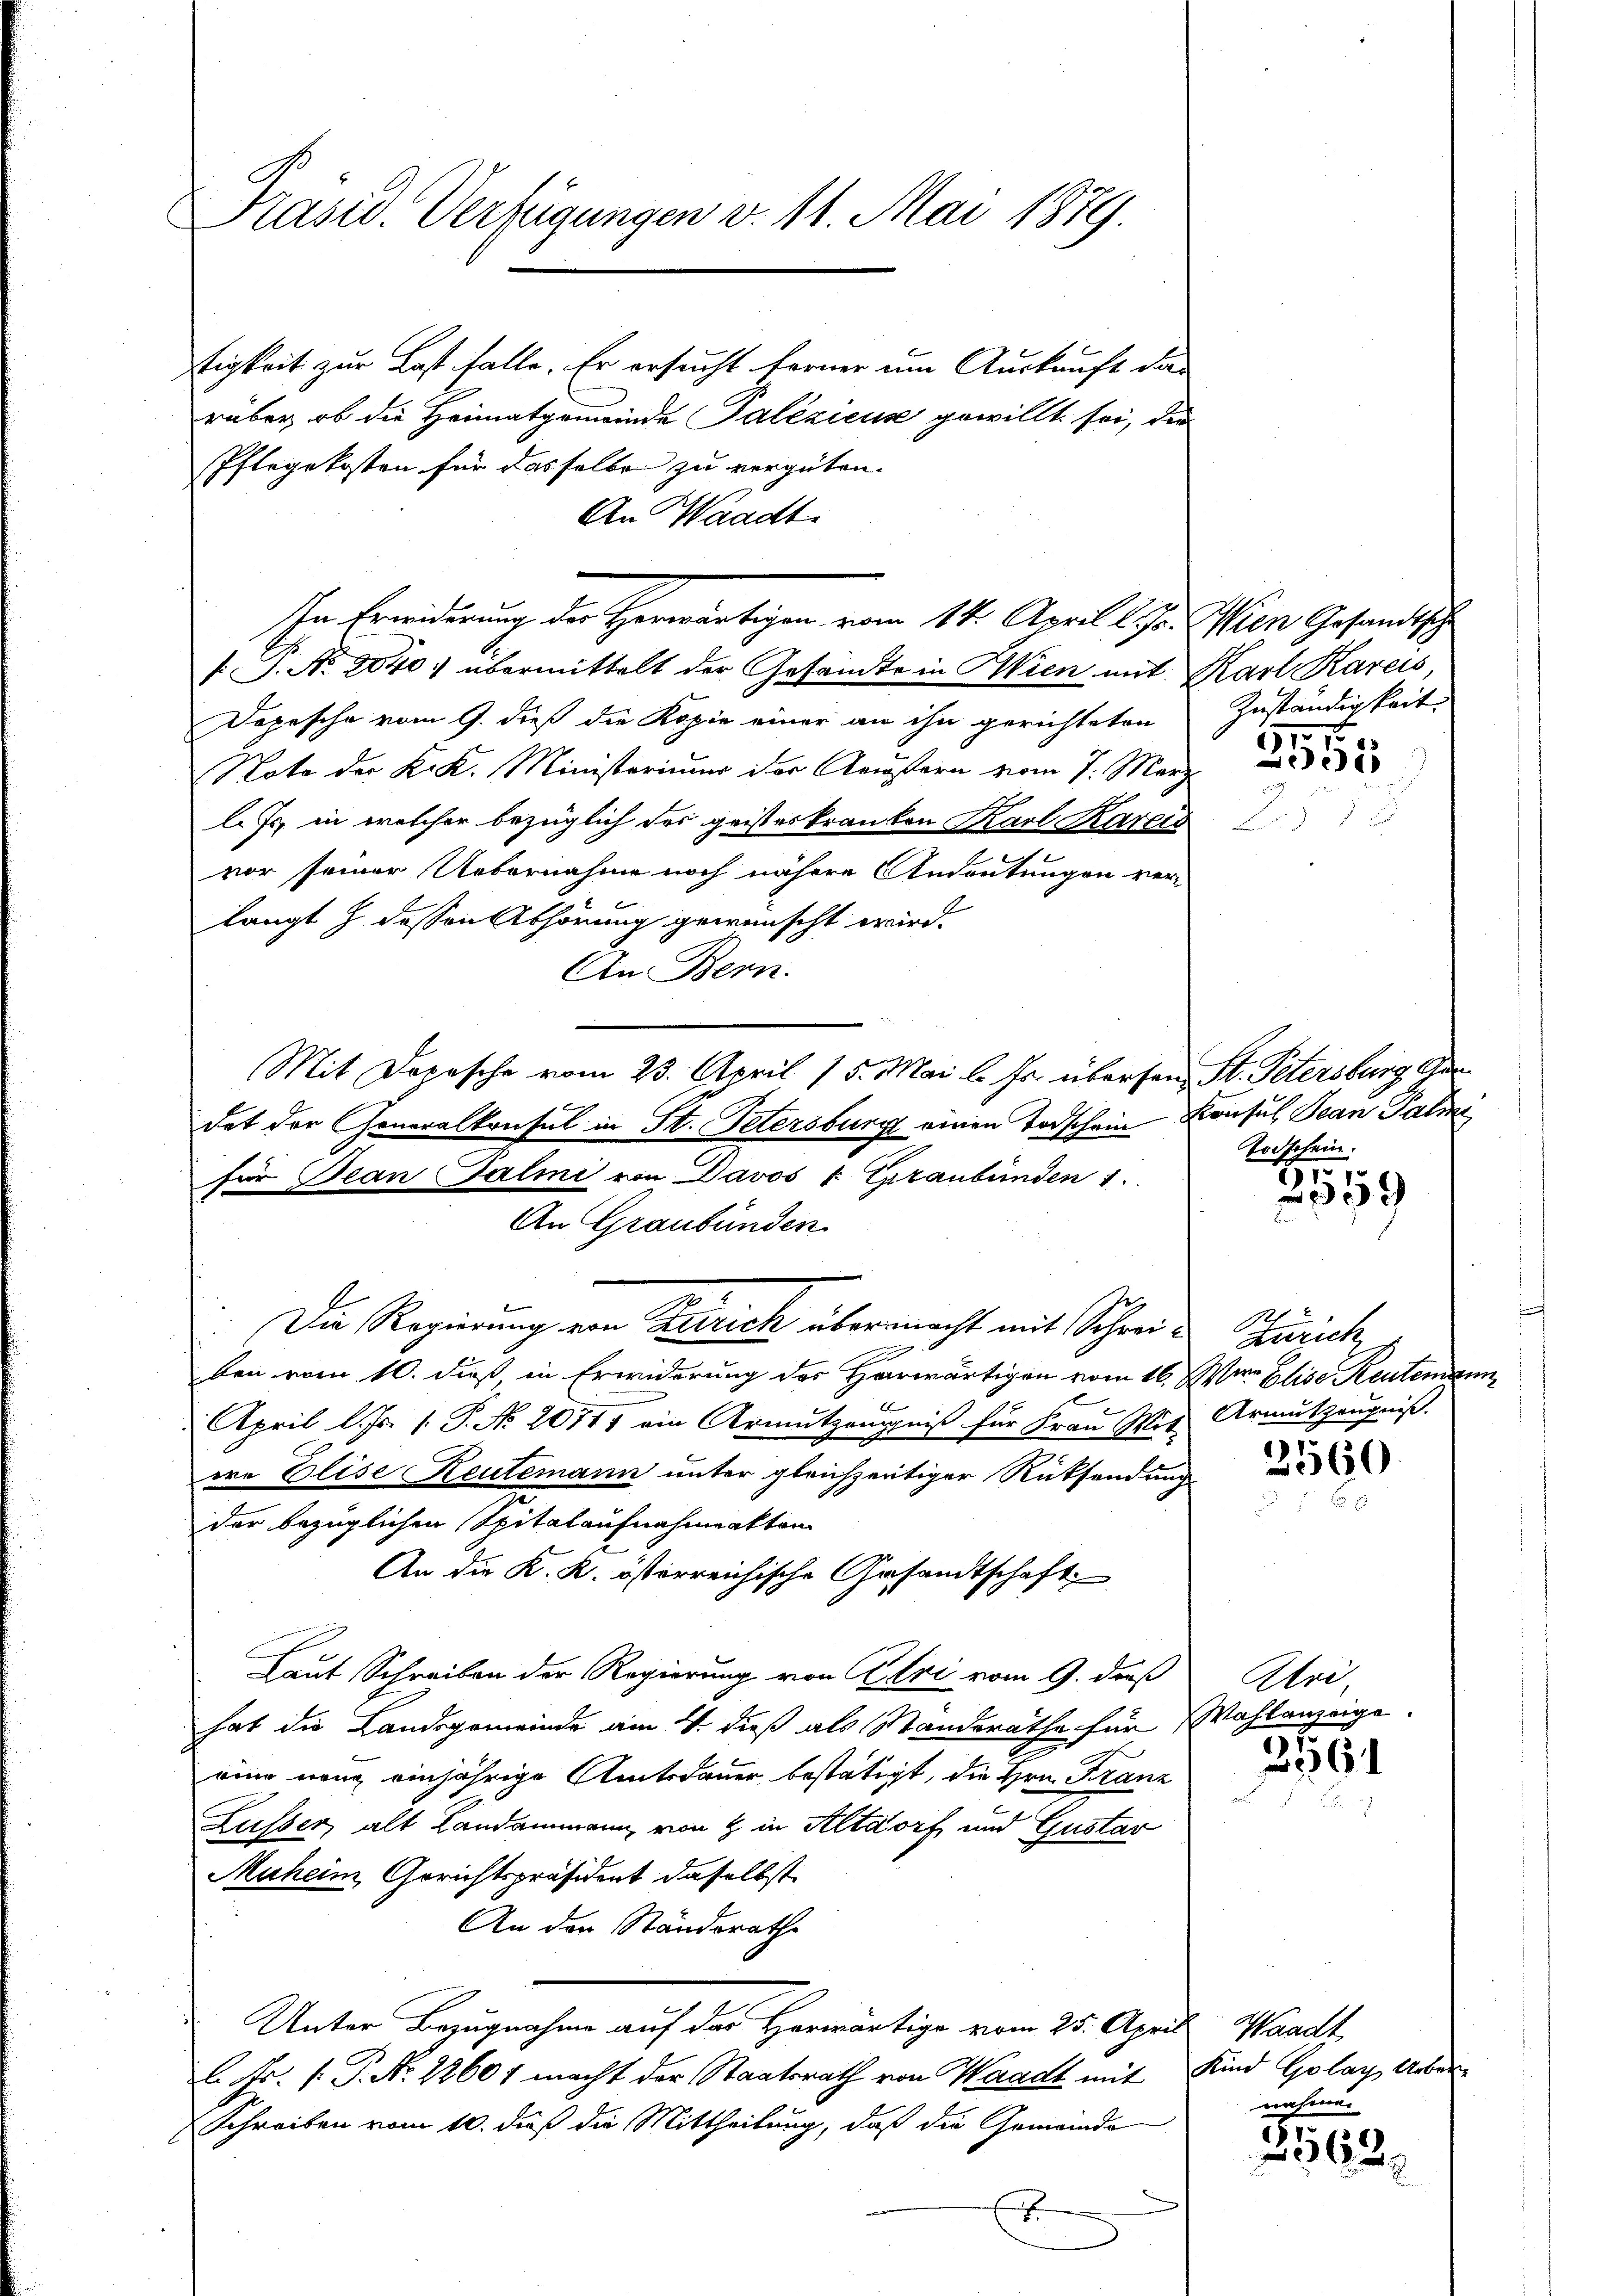
Präsid. Verfügungen v. 11. Mai 1879.

tigkeit zur Last falle. Er ersucht ferner um Auskunft darüber, ob die Heimatgemeinde Palezicus gewillt sei, die
Pflegekosten für dasselben zu vergüten.
An Waadt.
f: P. No. 2040 übermittelt der Gesandte in Wien mit Karl Kareis,
Dopesche vom 9. dieß die Kopie einer an ihn gerichteten
Noto der K. K. Ministeriums der Aeußern vom 7. März
l. Js. in welcher bezüglich der geisteskranken Karl Karais
b
vor seiner Uebernahme noch nähere Andeutungen ver-
langt z. dessen Abhörung gewünscht wird.
An Bern.
Mit Depesche vom 23. April 15. Mai l. Js. übersen St. Petersburg Ger
dat der Generalkonsul in St. Petersburg einen Todschein Konsul Tean Palme
für Bean alii von Davos k. Graubünden 1
An Graubünden
C.
Die Regierung von Zürich übermacht mit Schrei¬

ben vom 10. dieß, in Erwiderung des Harwärtigen vom 16. War Elise Reutenann
April l. Js. 1. P. No. 2071, ein Armutzeugniß für Frau Wis Armutzeugniß.
ire Elise Reutemann unter gleichzeitiger Rücksendung
der bezüglichen Spitalaufnahmenkten
An die K. K. österreichische Gesandtschaft
Laut Schreiben der Regierung von Uri vom 9. daß
hat die Landsgemeinde am 4. dieß als Standeräthe für Wahlanzeige
eine nang einjährige Amtsdauer bestätigt, die Hrn. Franz
Lusser, alt Landammann von & in Altdorf und Gustar
Muheim Gerichtspräsident daselbst
An der Ständerathe
Unter Bezugnahme auf das Herwärtige vom 25. April, Waadt,
l. Fr. 1. P. Nr. 22601 macht der Staatsrath von Waadt mit Kind Golay Ueber
Schreiben vom 10. daß die Mittheilung, daß die Gemeinde
E

In Erwiderung der Herwärtigen vom 14. April l. Js. Wien Gesandtsche

Zuständigkeit.
514

58

Todschein.

71.
359

1
Zürich

41.
360

Uri.

35561

nahme.

2562.